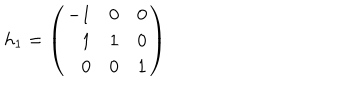
h _ { 1 } = \left( \begin{array} { r r r } { { - 1 } } & { { 0 } } & { { 0 } } \\ { { 1 } } & { { 1 } } & { { 0 } } \\ { { 0 } } & { { 0 } } & { { 1 } } \\ \end{array} \right)